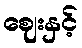
ဈေးနှင့်